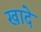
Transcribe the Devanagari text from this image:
खादे